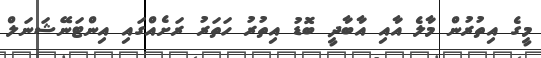
މީގެ އިތުރުން މާލެ އާއި އާބާދީ ބޮޑު އިތުރު ހަތަރު ރަށެއްގައި އިންޓަނޭޝަނަލް